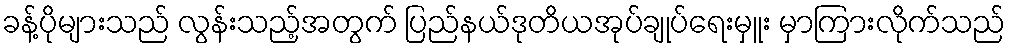
ခန့်ပိုများသည် လွန်းသည့်အတွက် ပြည်နယ်ဒုတိယအုပ်ချုပ်ရေးမှူး မှာကြားလိုက်သည်